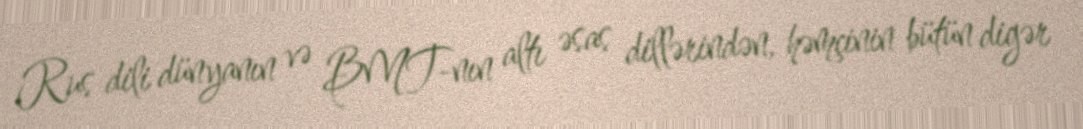
Rus dili dünyanın və BMT-nın altı əsas dillərindən, həmçinin bütün digər